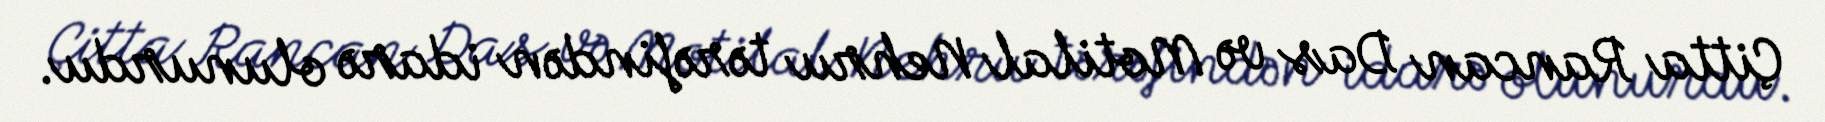
Çitta Rancan Das və Motilal Nehru tərəfindən idarə olunurdu.